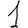
Digit: 1